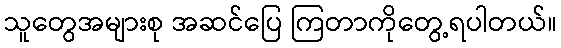
သူတွေအများစု အဆင်ပြေ ကြတာကိုတွေ့ရပါတယ်။